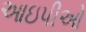
આઇપીઓ